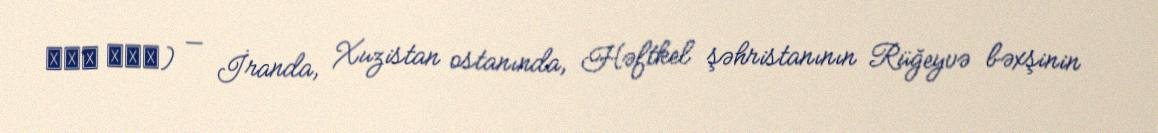
دره بید) — İranda, Xuzistan ostanında, Həftkel şəhristanının Rüğeyvə bəxşinin